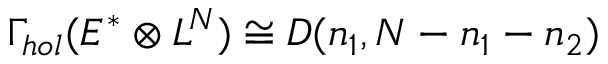
\Gamma _ { h o l } ( E ^ { * } \otimes L ^ { N } ) \cong D ( n _ { 1 } , N - n _ { 1 } - n _ { 2 } )